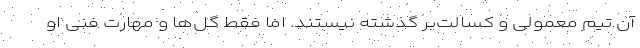
آن تیم معمولی و کسالت‌بر گذشته نیستند. اما فقط گل‌ها و مهارت فنی او